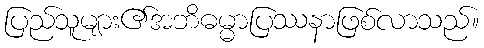
ပြည်သူများ၏အဘိဓမ္မာပြဿနာဖြစ်လာသည်။